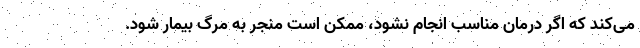
می‌کند که اگر درمان مناسب انجام نشود، ممکن است منجر به مرگ بیمار شود.